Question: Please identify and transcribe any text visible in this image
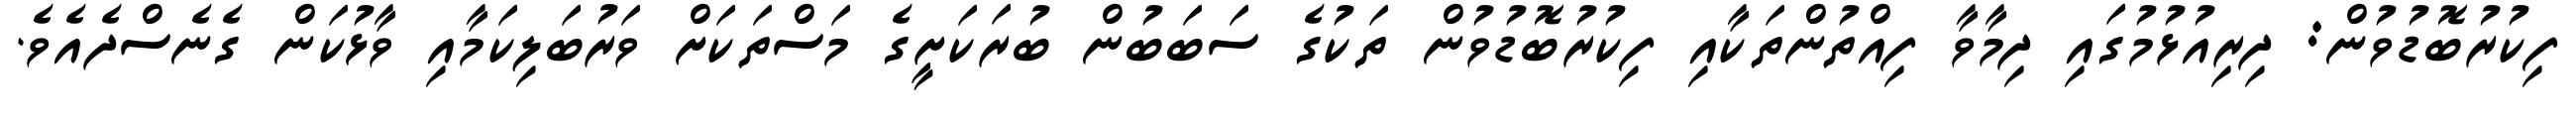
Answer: ފިކުރުބޮޑުވުން: ދިރިއުޅުމުގައި ދިމާވާ ފިއްތުންތަކާއި ފިކުރުބޮޑުވުން ތަކުގެ ސަބަބުން ބުރަކަށީގެ މަސްތަކަށް ވަރުބަލިކަމާއި ވާޅުކަން ގެނެސްދެއެވެ.